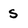
Character: s